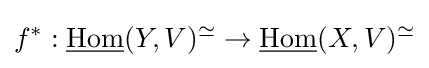
f^{*}:{\underline {\operatorname {Hom} }}(Y,V)^{\simeq }\to {\underline {\operatorname {Hom} }}(X,V)^{\simeq }